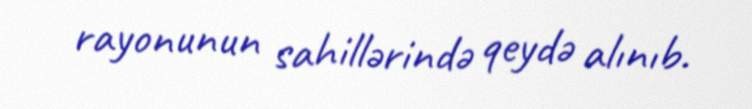
rayonunun sahillərində qeydə alınıb.